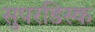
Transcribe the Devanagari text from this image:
सुपरडिस्क